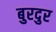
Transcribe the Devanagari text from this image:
बुरदुर